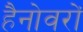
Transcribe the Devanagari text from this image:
हैनोवरों